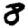
Digit: 8